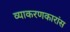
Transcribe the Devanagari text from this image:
व्याकरणकारांस